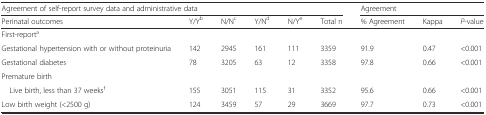
| <COLSPAN=6> Agreement of self-report survey data and administrative data | <COLSPAN=3> Agreement |
 | Perinatal outcomes | Y/Yb | N/Nc | Y/Nd | N/Ye | Total n | % Agreement | Kappa | P-value |
 | --- | --- | --- | --- | --- | --- | --- | --- | --- |
 | First-reporta |  |  |  |  |  |  |  |  |
 | Gestational hypertension with or without proteinuria | 142 | 2945 | 161 | 111 | 3359 | 91.9 | 0.47 | <0.001 |
 | Gestational diabetes | 78 | 3205 | 63 | 12 | 3358 | 97.8 | 0.66 | <0.001 |
 | Premature birth |  |  |  |  |  |  |  |  |
 | Live birth, less than 37 weeksf | 155 | 3051 | 115 | 31 | 3352 | 95.6 | 0.66 | <0.001 |
 | Low birth weight (<2500 g) | 124 | 3459 | 57 | 29 | 3669 | 97.7 | 0.73 | <0.001 |